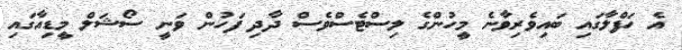
އެ ހަފްލާގައި ބައިވެރިވާނެ މީހުންގެ ލިސްޓެސްވެސް ދާދި ފަހުން ވަނީ ސޯޝަލް މީޑިއާގައި